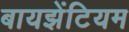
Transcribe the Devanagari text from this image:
बायझेंटियम